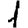
Digit: 1